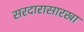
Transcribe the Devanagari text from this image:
सरदारासारखा